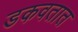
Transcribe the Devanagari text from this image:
डकवतात